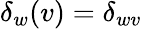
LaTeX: \delta_{w}(v)=\delta_{wv}